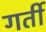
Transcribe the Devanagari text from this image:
गर्ती